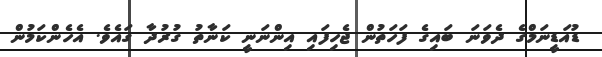
ޑުއަޑީނަމްގެ ދެވަނަ ބައިގެ ފަހަތުން ޖެހިފައި އިންނަނީ ކަނާތު ގުރުދާ ގައެވެ. އެހެންކަމުން